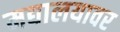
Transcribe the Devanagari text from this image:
मद्यालयावर